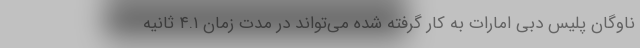
ناوگان پلیس دبی امارات به کار گرفته شده می‌تواند در مدت زمان ۴.۱ ثانیه